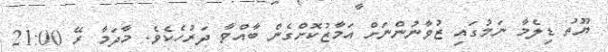
ޔޫތު ޑިލެމާ ނަމުގައި ޒުވާނުންނަށް އަމާޒުކޮށްގެން ބާއްވާ ދަރުހެކެވެ. މާދަމާ ރޭ 21:00